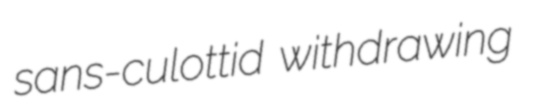
sans-culottid withdrawing